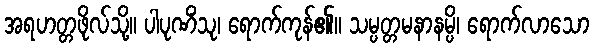
အရဟတ္တဖိုလ်သို့။ ပါပုဏိံသု၊ ရောက်ကုန်၏။ သမ္ပတ္တမနာနမ္ပိ၊ ရောက်လာသော